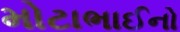
મોટાભાઈનો